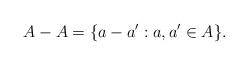
LaTeX: \begin{align*}A - A = \{a - a': a,a' \in A\}.\end{align*}